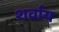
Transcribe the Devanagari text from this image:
शर्वाय